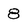
Character: 8